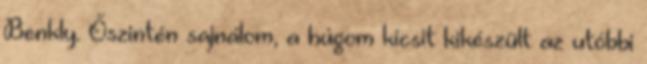
Benkly. Őszintén sajnálom, a húgom kicsit kikészült az utóbbi